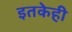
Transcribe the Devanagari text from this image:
इतकेही